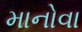
માનોવા